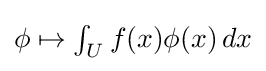
{\textstyle \phi \mapsto \int _{U}f(x)\phi (x)\,dx}